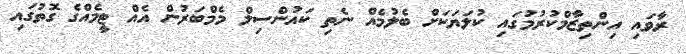
ރާވައި އިންތިޒާމްކުރުމުގައި ކުލަޔަކަށް ބެލުމެއް ނެތި ކައުންސިލް މެމްބަރުން އެއް ޓީމެއްގެ ގޮތުގައި